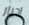
احرار